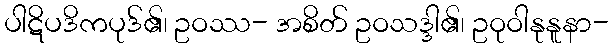
ပါဋိပဒိကပုဒ်၏၊ ဥဝဿ- အစိတ် ဥဝသဒ္ဒါ၏၊ ဥဝုဝါနုနူနာ-